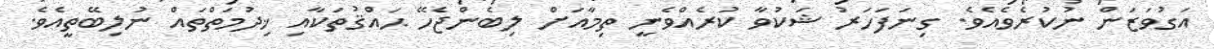
އަގުވަޒަން ނުކުރެވެއެވެ. ގިނަފަހަރު ޝަކުވާ ކުރެއްވެނީ ތިމާއަށް ލިބެންޖެހޭ ޙައްޤުތަކާއި ޚިދުމަތްތައް ނުލިބޭތީއެވެ.